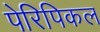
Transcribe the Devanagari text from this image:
पेरिपिकल